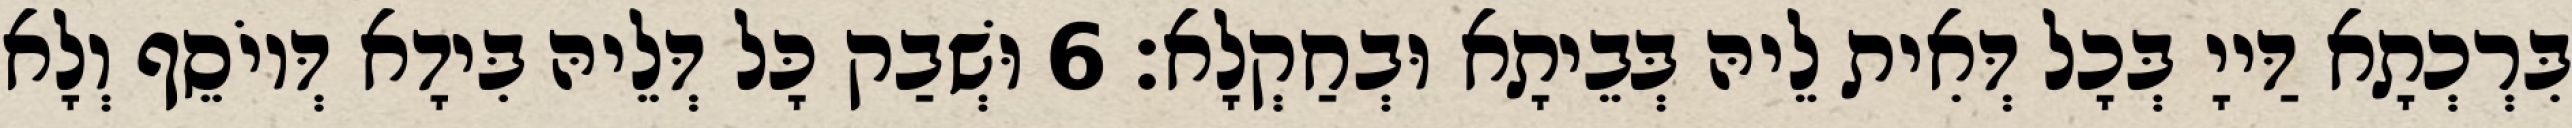
בִּרְכְתָא דַּייָ בְּכָל דְּאִית לֵיהּ בְּבֵיתָא וּבְחַקְלָא׃ 6 וּשְׁבַק כָּל דְּלֵיהּ בִּידָא דְּיוֹסֵף וְלָא